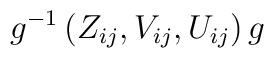
g^{-1} \left( Z_{ij}, V_{ij}, U_{ij} \right) g